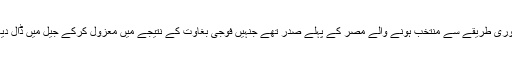
وہ جمہوری طریقے سے منتخب ہونے والے مصر کے پہلے صدر تھے جنہیں فوجی بغاوت کے نتیجے میں معزول کرکے جیل میں ڈال دیا گیاتھا۔